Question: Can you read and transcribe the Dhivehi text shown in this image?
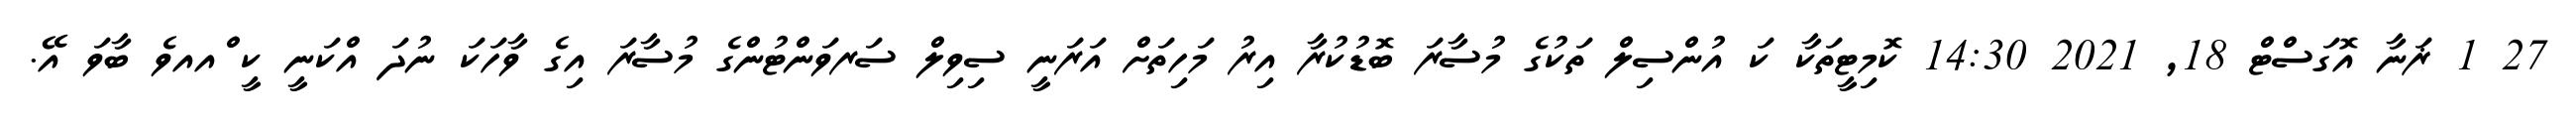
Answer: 27 1 ޜަނާ އޮގަސްޓް 18, 2021 14:30 ކޮމިޓީތަކާ ކަ އުންސިލް ތަކުގެ މުސާރަ ބޮޑުކުރާ އިރު މަހިތަށް އަރަނީ ސިވިލް ސަރވަންޓުންގެ މުސާރަ އިގެ ވާހަކަ ނުދަ އްކަނީ ކީ ްއއވެ ބާވަ އޭ.